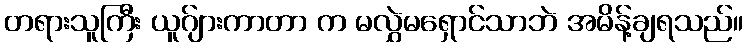
တရားသူကြီး ယူဂ်ျားကာတာ က မလွှဲမရှောင်သာဘဲ အမိန့်ချရသည်။